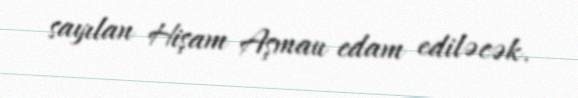
sayılan Hişam Aşmau edam ediləcək.